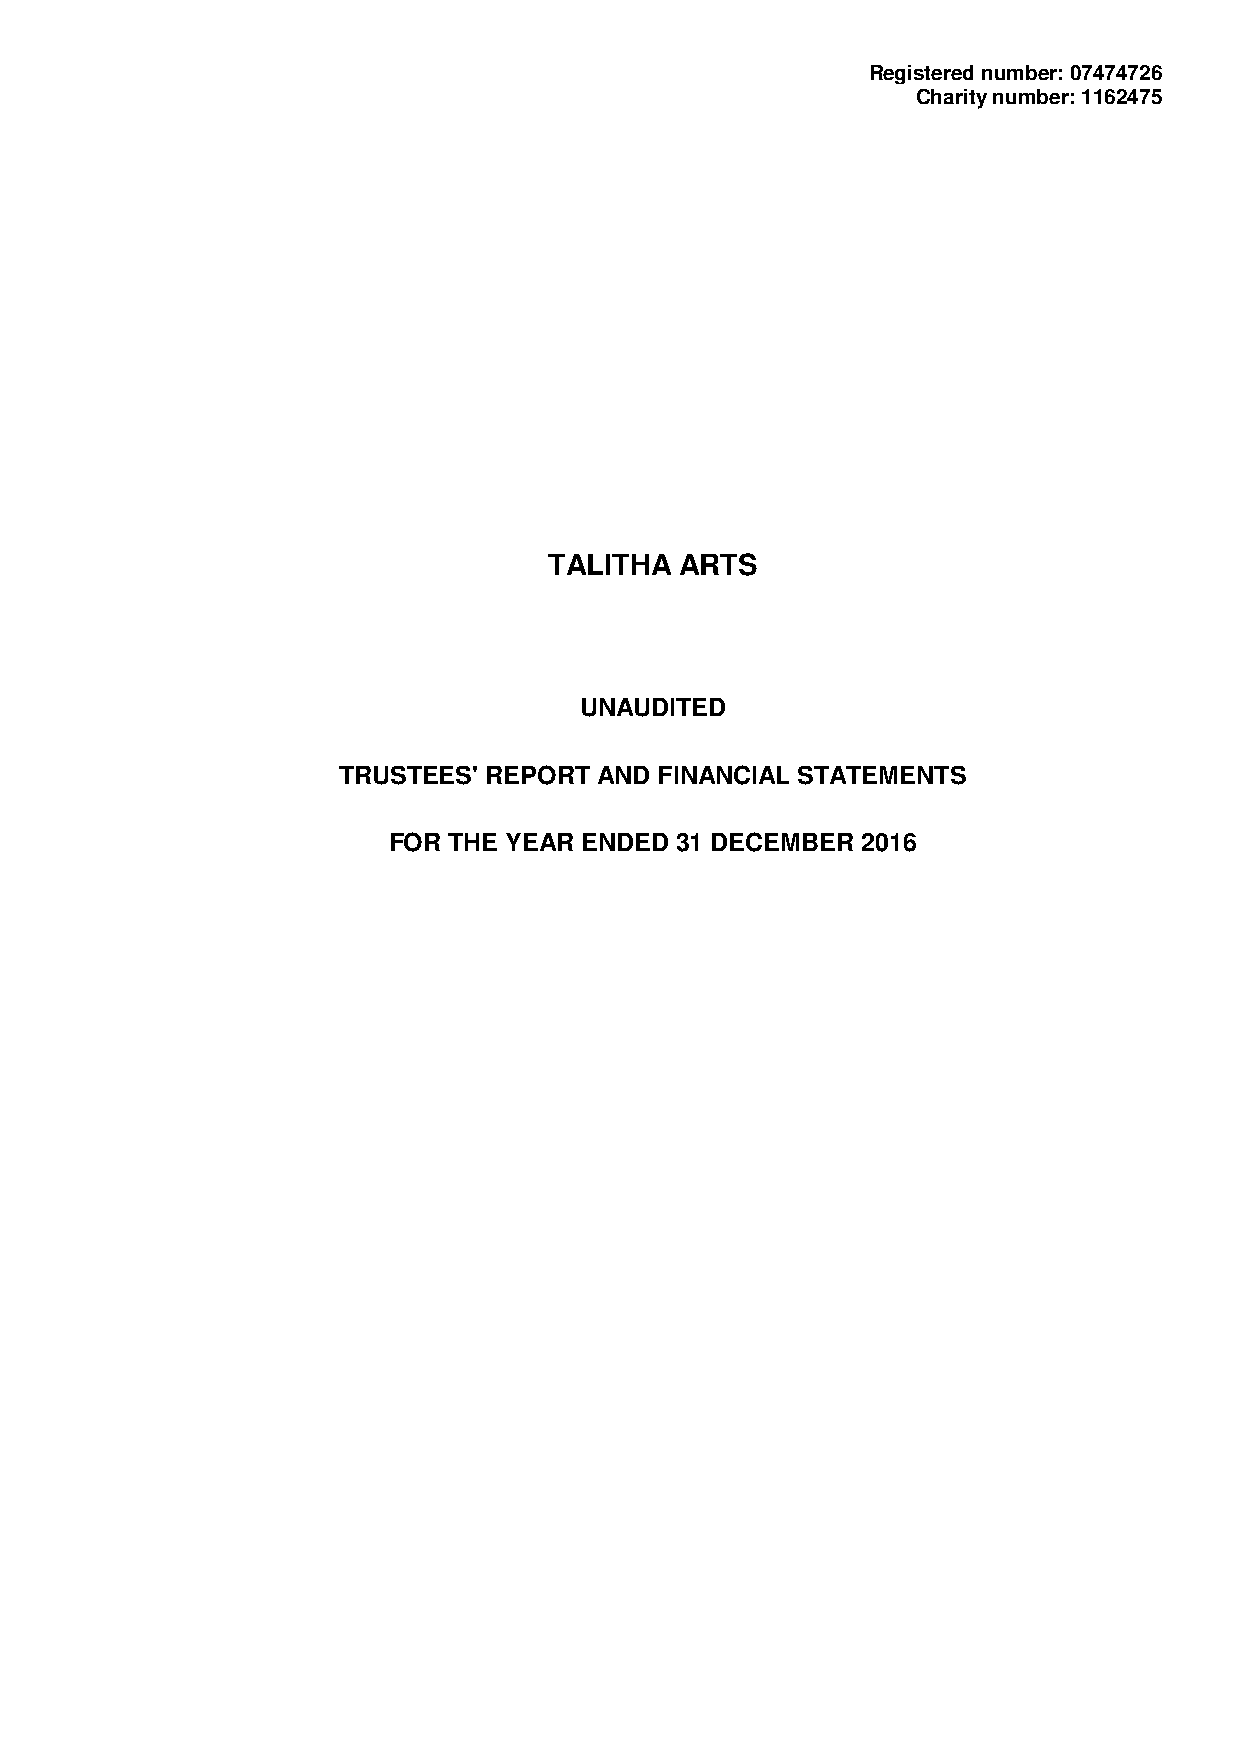
Registered number: 07474726
 Charity number: 1162475
 TALITHA  ARTS
 UNAUDITED
 TRUSTEES' REPORT  AND FINANCIAL STATEMENTS
 FOR THE YEAR ENDED 31 DECEMBER 2016